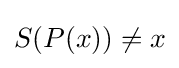
S(P(x))\neq x